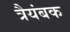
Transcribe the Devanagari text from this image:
त्रैयंबक